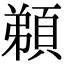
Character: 𩓂